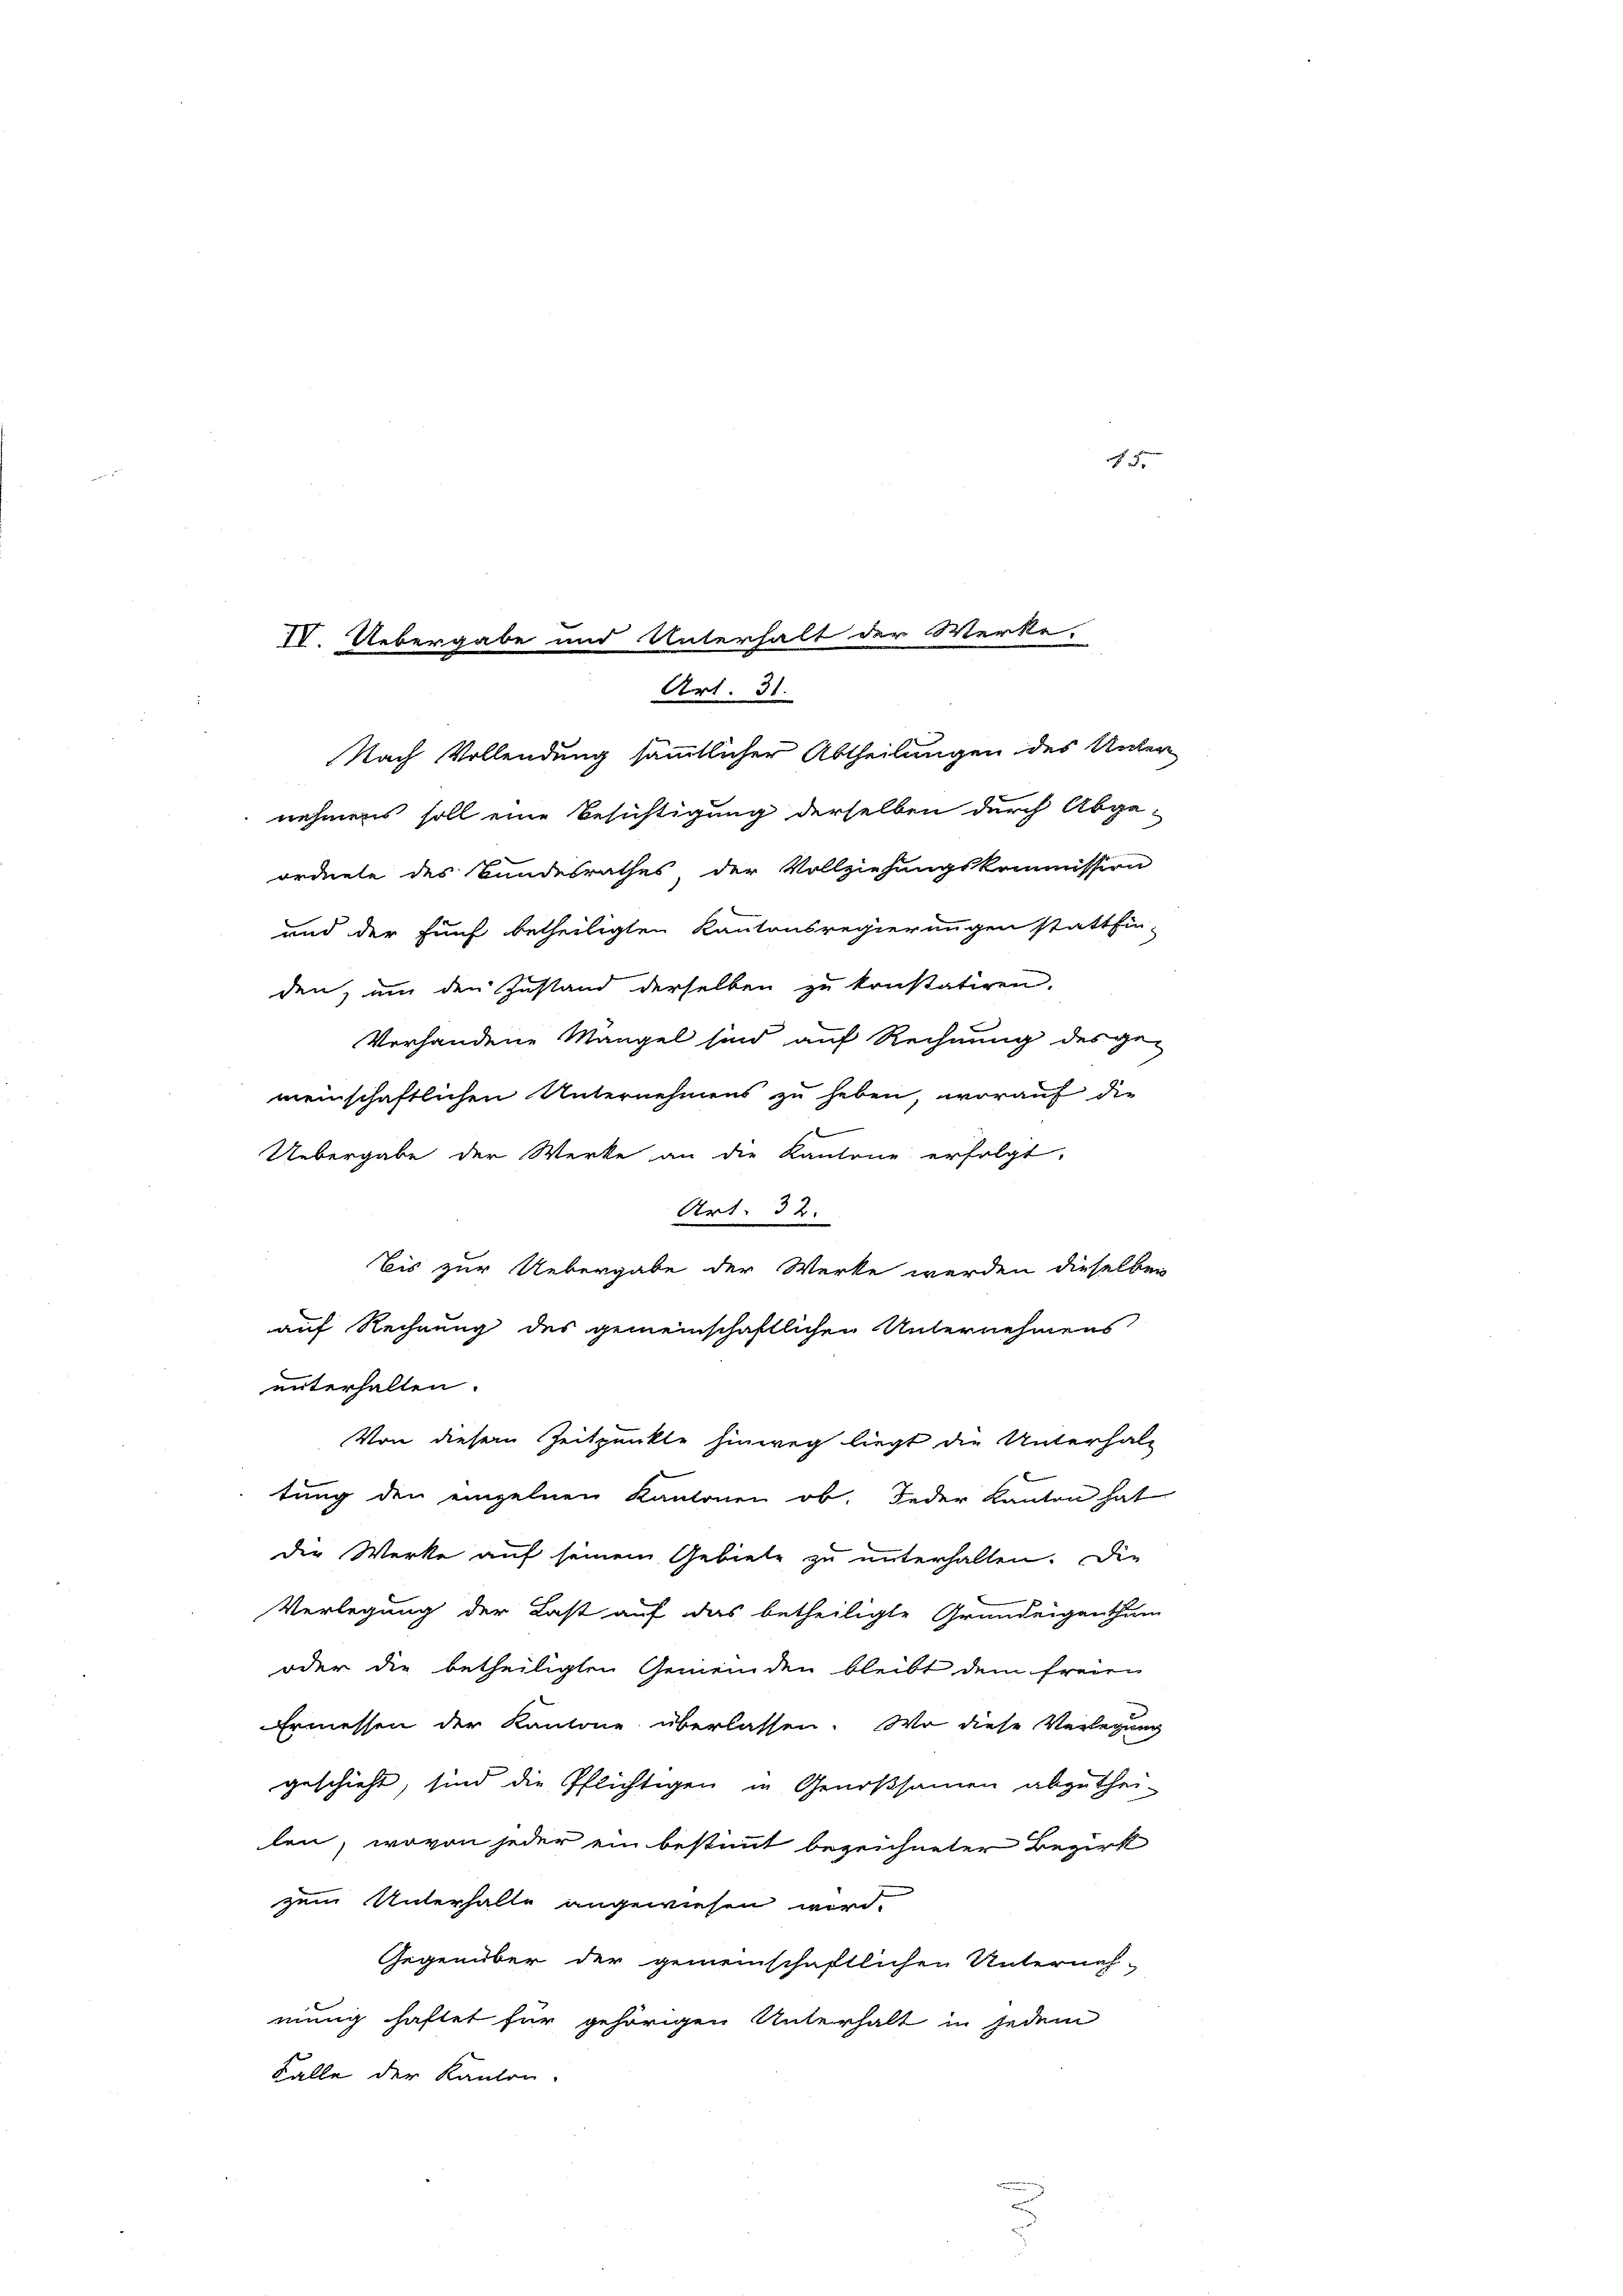
meinschaftlichen Unternehmens zu heben, worauf die
Uebergabe der Werke an die Kantone erfolgt,
Art. 32.
Bis zur Uebergabe der Werke werden dieselben
auf Rechnung des gemeinschaftlichen Unternehmens
unterhalten.
Von diesem Zeitpunkte hinweg liegt die Unterhal-
tung den einzelnen Kantonen ob. Jeder Kanton hat
der Werke auf seinem Gebiete zu unterhalten. Die
Verlegung der Last auf das betheiligte Grundeigenthum
oder die betheiligten Gemeinden bleibt dem freien
Ermessen der Kantone überlassen. Wo diese Verlegung
geschieht, sind die Pflichtigen in Genossamen abzuthei-
len, wovon jeder ein bestimmt bezeichneter Bezirk
zum Unterhalte angewiesen wird.
Gegenüber der gemeinschaftlichen Unterneh-
mung haftet für gehörigen Unterhalt in jedem
Falle der Kanton.

IV. Uebergabe und Unterhalt der Werke,
Art. 31.
Nach Vollendung sämmtlicher Abtheilungen des Unter
nehmens soll eine Besichtigung derselben durch Abgaordnete des Bundesrathes, der Vollziehungskommission
und der fünf betheiligten Kantonsregierungen statthin-
den, um den Zustand derselben zu konstatiren.

Vorhandene Mangel sind auf Rechnung des ge-